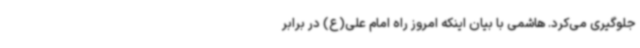
جلوگیری می‌کرد. هاشمی با بیان اینکه امروز راه امام علی(ع) در برابر